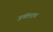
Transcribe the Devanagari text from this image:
जयंतनाथ